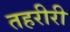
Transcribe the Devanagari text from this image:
तहरीरी